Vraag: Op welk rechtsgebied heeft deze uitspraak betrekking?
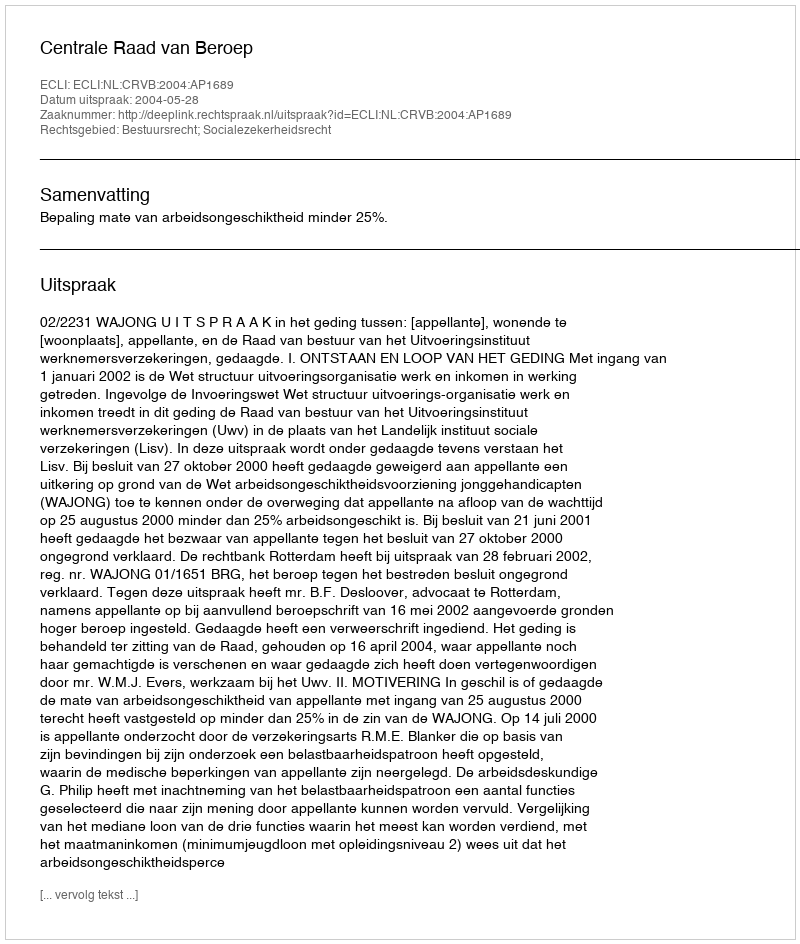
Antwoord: Bestuursrecht; Socialezekerheidsrecht